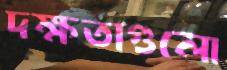
দক্ষতাগুলো